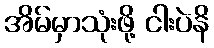
အိမ်မှာသုံးဖို့ ငါးပဲနိ